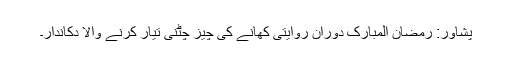
پشاور: رمضان المبارک دوران روایتی کھانے کی چیز چٹنی تیار کرنے والا دکاندار۔